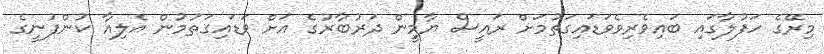
މިރޭގެ ހަފުލާގައި ބައިވެރިވެވަޑައިގަތުމަށް ރައީސް ޔާމީން ދަރުބާރުގެ އަށް ވަޑައިގަތުމުން އެލިއާ ކުންފުނީގެ